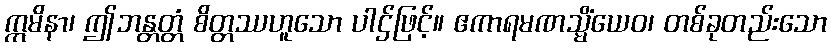
ဣမိနာ၊ ဤဘန္တတ္တံ စိတ္တဿဟူသော ပါဌ်ဖြင့်။ ဧကာရမဏသ္မိံယေဝ၊ တစ်ခုတည်းသော